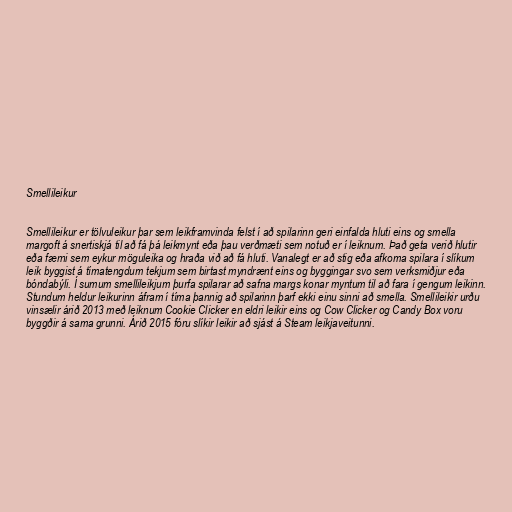
Smellileikur

Smellileikur er tölvuleikur þar sem leikframvinda felst í að spilarinn geri einfalda hluti eins og smella
margoft á snertiskjá til að fá þá leikmynt eða þau verðmæti sem notuð er í leiknum. Það geta verið hlutir
eða færni sem eykur möguleika og hraða við að fá hluti. Vanalegt er að stig eða afkoma spilara í slíkum
leik byggist á tímatengdum tekjum sem birtast myndrænt eins og byggingar svo sem verksmiðjur eða
bóndabýli. Í sumum smellileikjum þurfa spilarar að safna margs konar myntum til að fara í gengum leikinn.
Stundum heldur leikurinn áfram í tíma þannig að spilarinn þarf ekki einu sinni að smella. Smellileikir urðu
vinsælir árið 2013 með leiknum Cookie Clicker en eldri leikir eins og Cow Clicker og Candy Box voru
byggðir á sama grunni. Árið 2015 fóru slíkir leikir að sjást á Steam leikjaveitunni.